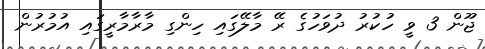
ޖޫން 3 ވީ ހުކުރު ދުވަހުގެ ރޭ މާލޭގައި ހިންގި މާރާމާރީގައި އުމުރުން